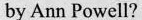
by Ann Powell?